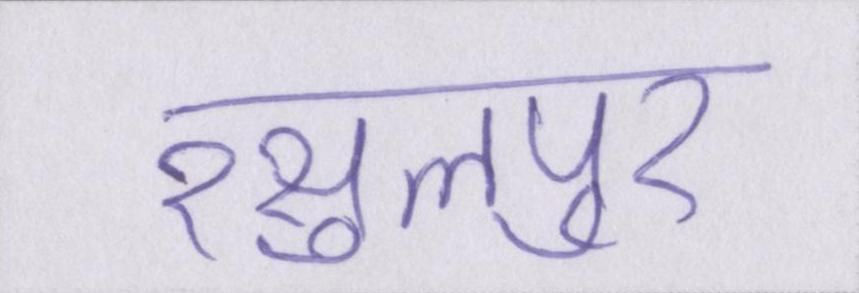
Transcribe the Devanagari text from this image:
रसुलपुर